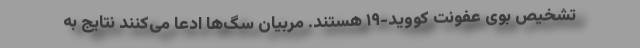
تشخیص بوی عفونت کووید-۱۹ هستند. مربیان سگ‌ها ادعا می‌کنند نتایج به